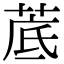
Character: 菧